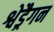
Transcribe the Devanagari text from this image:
श्वेड्रैगन